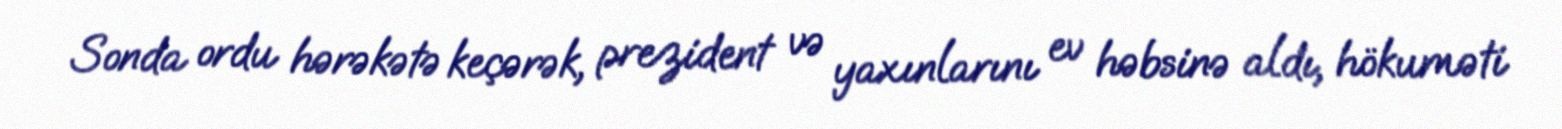
Sonda ordu hərəkətə keçərək, prezident və yaxınlarını ev həbsinə aldı, hökuməti